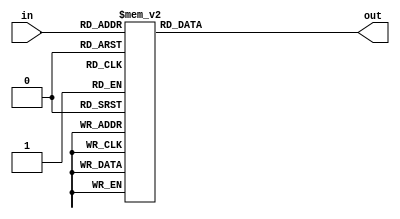

//  Converting the DE0's internal reading of score from binary to decimal.
//  Code Reference link: http://www.johnloomis.org/ece314/notes/devices/binary_to_BCD/bin_to_bcd.html 

module add_3(in, out);
    input  [3:0] in;
    output [3:0] out;
    reg    [3:0] out;

    always @ (in)
        case (in)
            4'b0000: out <= 4'b0000;
            4'b0001: out <= 4'b0001;
            4'b0010: out <= 4'b0010;
            4'b0011: out <= 4'b0011;
            4'b0100: out <= 4'b0100;
            4'b0101: out <= 4'b1000;
            4'b0110: out <= 4'b1001;
            4'b0111: out <= 4'b1010;
            4'b1000: out <= 4'b1011;
            4'b1001: out <= 4'b1100;
            default: out <= 4'b0000;
        endcase
endmodule

module Binary_BCD(binary, ones, tens, hundreds);
    input [7:0] binary;
    output [3:0] ones, tens;
    output [1:0] hundreds;

    wire [3:0] c1, c2, c3, c4, c5, c6, c7;
    wire [3:0] d1, d2, d3, d4, d5, d6, d7;

    assign d1 = { 1'b0, binary[7:5] };
    assign d2 = { c1[2:0], binary[4] };
    assign d3 = { c2[2:0], binary[3] };
    assign d4 = { c3[2:0], binary[2] };
    assign d5 = { c4[2:0], binary[1] };
    assign d6 = { 1'b0, c1[3], c2[3], c3[3] };
    assign d7 = { c6[2:0], c4[3] };

    add_3 m1(d1, c1);
    add_3 m2(d2, c2);
    add_3 m3(d3, c3);
    add_3 m4(d4, c4);
    add_3 m5(d5, c5);
    add_3 m6(d6, c6);
    add_3 m7(d7, c7);

    assign ones     = { c5[2:0], binary[0] };
    assign tens     = { c7[2:0], c5[3] };
    assign hundreds = { c6[3] , c7[3] };

endmodule